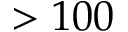
> 1 0 0